Insane asylums in Bengal annual reports 1876-1887 - 1876-1887
Year: 1876
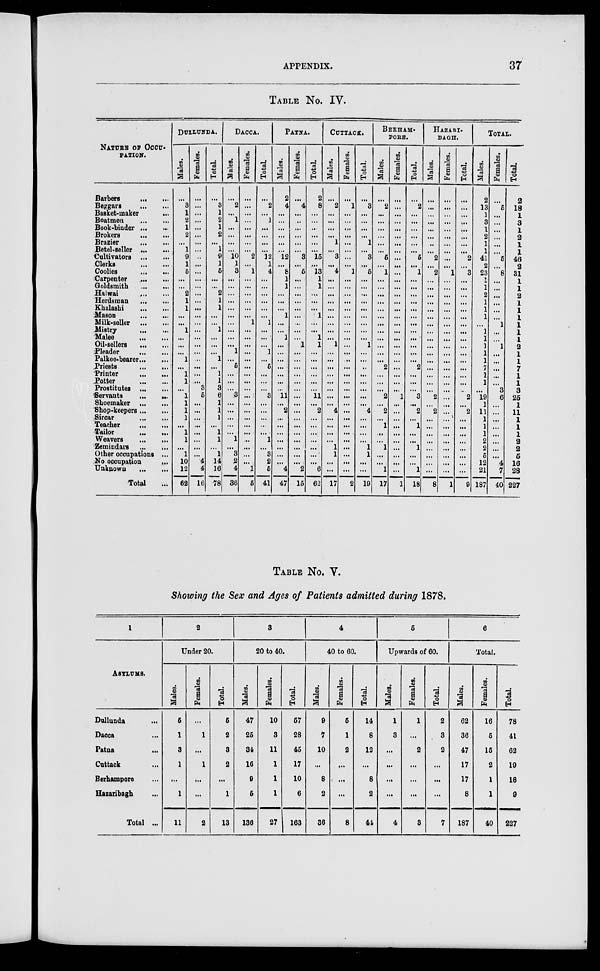
APPENDIX.
37
TABLE NO. IV.
NATURE OF OCCU-
-------
Barbers
... ...
Beggars
...
...
Basket-maker ...
Boatmen ... ...
Book-binder ... ...
Brokers
...
...
Brazier
...
...
Betel-seller
...
...
Cultivators
...
...
Clerks
...
...
Coolies
...
...
Carpenter
...
...
Goldsmith
...
...
Halwai
...
...
Herdsman
...
...
Khalashi
...
...
Mason
...
...
Milk-seller
...
...
Mistry
...
...
Malee
...
...
Oil-sellers
...
...
Pleader
...
...
Palkee-bearer ... ...
Priests
...
...
Printer ... ...
Potter
...
...
Prostitutes
...
...
Servants
...
...
Shoemaker
...
...
Shop-keepers ... ...
Sircar
...
...
Teacher
...
...
Tailor
...
...
Weavers
...
...
Zemindars
...
...
Other occupations ...
No occupation ... ...
Unknown
...
...
Total ...
DULLUNDA.
Males.
...
3
1
2
1
2
...
1
9
1
5
...
... 2
1
1
...
...
1
...
...
...
1
...
1
1
...
1
1
1
1
...
1
1
...
1
10
12
62
Females.
...
...
...
...
...
...
...
...
...
...
...
...
...
...
...
...
...
...
...
...
...
...
...
...
...
...
3
5
...
...
...
...
...
...
...
...
4
4
16
Total.
...
3
1
2
1
2
...
1
9
1
5
...
...
2
1
1
...
...
1
...
...
...
1
...
1
1
3
6
1
1
1
...
1
1
...
1
14
16
78
DACCA.
Males.
...
2
...
1
...
...
...
...
10
1
3
...
...
...
...
...
...
...
...
...
...
1
...
5
...
...
...
3
...
...
...
...
...
1
...
3
2
4
36
Females.
...
...
...
...
...
...
...
...
2
...
1
...
...
...
...
...
...
1
...
...
...
...
...
...
...
...
...
...
...
...
...
...
...
...
...
...
...
1
5
Total
...
2
...
1
...
...
...
...
12
1
4
...
...
...
...
...
...
1
...
...
...
1
...
5
...
...
...
3
...
...
...
...
...
1
...
3
2
5
41
PATNA.
Males.
2
4
...
...
...
...
...
...
12
...
8
1
1
...
...
...
1
...
...
1
...
...
...
...
...
...
...
11
...
2
...
...
...
...
...
...
...
4
47
Females.
...
4
...
...
...
...
...
...
3
...
5
...
...
...
...
...
...
...
...
...
1
...
...
...
...
...
...
...
...
...
...
...
...
...
...
...
...
2
15
Total.
2
8
...
...
...
...
...
...
15
...
13
1
1
...
...
...
1
...
...
1
1
...
...
...
...
...
...
11
...
2
...
...
...
...
...
...
...
6
62
CUTTACK.
Males.
...
2
...
...
...
...
1
...
3
...
4
...
...
...
...
...
...
...
...
...
1
...
...
...
...
...
...
...
...
4
...
...
...
...
1
1
... ...
17
Females.
...
1
...
...
...
...
...
...
...
...
1
...
...
...
...
...
...
...
...
...
...
...
...
...
...
...
...
...
...
...
...
...
...
...
...
...
...
...
2
Total.
...
3
...
...
...
...
1
...
3
...
5
...
...
... ...
...
...
...
...
...
1
...
...
..
...
...
...
...
...
4
...
...
...
...
1
1
...
...
19
BERHAM-
PORE.
Males.
...
2
...
...
...
...
...
...
5
...
1
...
...
...
...
...
...
...
...
...
...
...
...
2
...
...
...
2
...
2
...
1
...
...
1
...
...
1
17
Females.
...
...
...
...
...
...
...
...
...
...
...
...
...
...
...
...
...
...
...
...
...
...
...
...
...
...
...
1
...
...
...
...
...
...
...
...
...
...
1
Total.
...
2
...
...
...
...
...
...
5
...
1
...
...
...
...
...
...
...
...
...
...
...
...
2
...
...
...
3
...
2
...
1
...
...
1
...
...
1
18
HAZARI-
BAGH.
Males.
...
...
...
...
...
...
...
... 2
... 2
...
...
...
...
...
...
...
...
...
...
...
...
...
...
...
... 2
... 2
...
...
...
...
...
...
...
...
8
Females.
...
...
...
...
...
...
...
...
...
...
1
...
...
...
...
...
...
...
...
...
...
...
...
...
...
...
...
...
...
...
... ...
...
...
...
...
...
...
1
Total.
...
...
...
...
... ...
...
...
2
...
3
...
...
...
...
...
...
...
...
...
...
...
...
...
...
...
...
2
...
2
...
...
...
...
...
...
...
...
9
TOTAL.
Males.
2
13
1
3
1
2
1
1
41
2
23
1
1
2
1
1
1
...
1
1
1
1
1
7
1
1
...
19
1
11
...
...
... 2
2
5
12
21
187
Females.
...
5
... ...
...
... ...
...
5
...
8
...
...
...
...
... ...
1
...
... 1
...
...
...
...
... 3
6
...
...
...
...
...
...
...
...
4
7
40
Total
2
18
1
3
1
2
1
1
46
2
31
1
1
2
1
1
1
1
1
1
2
1
1
7
1
1
3
25
1
11
1
1
1
2
2
5
16
28
227
TABLE NO. V.
Showing the Sex and Ages of Patients admitted during 1878.
1
ASYLUMS.
Dullunda ...
Dacca ...
Patna ...
Cuttack ...
Berhampore ...
Hazaribagh ...
Total ...
2
Under 20.
Males.
5
1
3
1
...
1
11
Females.
...
1
...
1
...
...
2
Total.
5
2
3
2
...
1
13
3
20 to 40.
Males.
47
25
34
16
9
5
136
Females.
10
3
11
1
1
1
27
Total.
57
28
45
17
10
6
163
4
40 to 60.
Males.
9
7
10
...
8
2
36
Females.
5
1
2
...
...
...
8
Total.
14
8
12
...
8
2
44
5
Upwards of 60.
Males.
1
3
...
...
...
...
4
Females.
1
...
2
...
...
...
3
Total.
2
3
2
...
...
...
7
6
Total.
Males.
62
36
47
17
17
8
187
Females.
16
5
15
2
1
1
40
Total.
78
41
62
19
18
9
227